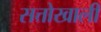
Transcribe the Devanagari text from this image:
सत्तोखाली